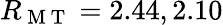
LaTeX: R_{\mathrm{~M~T~}}=2.44,2.10